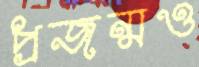
প্রজন্মও